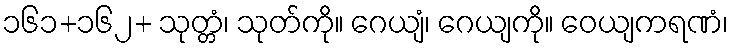
၁၆၁+၁၆၂+ သုတ္တံ၊ သုတ်ကို။ ဂေယျံ၊ ဂေယျကို။ ဝေယျကရဏံ၊